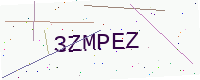
Text: 3ZMPEZ